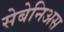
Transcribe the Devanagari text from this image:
सेबेनिअस